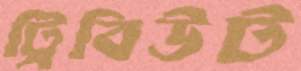
ট্রিবিউট